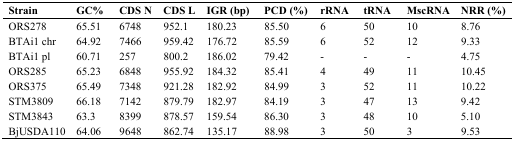
<table><thead><tr><td><b>Strain</b></td><td><b>GC%</b></td><td><b>CDS N</b></td><td><b>CDS L</b></td><td><b>IGR (bp)</b></td><td><b>PCD (%)</b></td><td><b>rRNA</b></td><td><b>tRNA</b></td><td><b>MscRNA</b></td><td><b>NRR (%)</b></td></tr></thead><tbody><tr><td>ORS278</td><td>65.51</td><td>6748</td><td>952.1</td><td>180.23</td><td>85.50</td><td>6</td><td>50</td><td>10</td><td>8.76</td></tr><tr><td>BTAi1 chr</td><td>64.92</td><td>7466</td><td>959.42</td><td>176.72</td><td>85.59</td><td>6</td><td>52</td><td>12</td><td>9.33</td></tr><tr><td>BTAi1 pl</td><td>60.71</td><td>257</td><td>800.2</td><td>186.02</td><td>79.42</td><td>-</td><td>-</td><td>-</td><td>4.75</td></tr><tr><td>ORS285</td><td>65.23</td><td>6848</td><td>955.92</td><td>184.32</td><td>85.41</td><td>4</td><td>49</td><td>11</td><td>10.45</td></tr><tr><td>ORS375</td><td>65.49</td><td>7348</td><td>921.28</td><td>182.92</td><td>84.99</td><td>3</td><td>52</td><td>11</td><td>10.22</td></tr><tr><td>STM3809</td><td>66.18</td><td>7142</td><td>879.79</td><td>182.97</td><td>84.19</td><td>3</td><td>47</td><td>13</td><td>9.42</td></tr><tr><td>STM3843</td><td>63.3</td><td>8399</td><td>878.57</td><td>159.54</td><td>86.30</td><td>3</td><td>48</td><td>10</td><td>5.10</td></tr><tr><td>BjUSDA110</td><td>64.06</td><td>9648</td><td>862.74</td><td>135.17</td><td>88.98</td><td>3</td><td>50</td><td>3</td><td>9.53</td></tr></tbody></table>